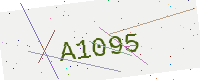
Text: A1095